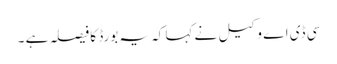
سی ڈی اے وکیل نے کہا کہ یہ بورڈ کا فیصلہ ہے ۔